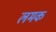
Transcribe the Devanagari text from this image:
लमक